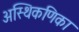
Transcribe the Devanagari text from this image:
अस्थिकणिका